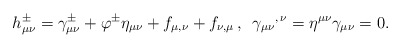
\begin{align*}h_{\mu\nu}^\pm=\gamma_{\mu\nu}^\pm +\varphi^\pm\eta_{\mu\nu} +f_{\mu,\nu}+f_{\nu,\mu}\,,\,\,\, {\gamma_{\mu\nu}}^{,\,\nu} =\eta^{\mu\nu}\gamma_{\mu\nu}=0. \end{align*}